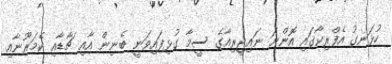
ހުޅަނގު އެފްރިކާގައި އޮންނަ ނައިޖީރިއާގެ ސީމާ ގުޅިފައިވަނީ ބެނިން އާއި ޗާޑާއި ކެމަރޫނާއި